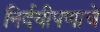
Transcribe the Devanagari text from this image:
निर्दयीपणाचे